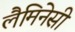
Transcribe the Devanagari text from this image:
लैमिनेसी